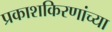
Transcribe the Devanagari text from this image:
प्रकाशकिरणांच्या